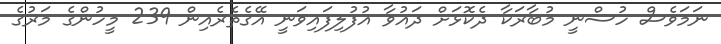
ނަމަވެސް ހުސްނީ މުބާރަކާ ދެކޮޅަށް ދައުވާ އުފުލިފައިވަނީ އޭގެތެރެއިން 239 މީހުންގެ މަރުގެ